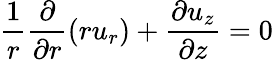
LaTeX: \frac{1}{r}\frac{\partial}{{\partial}r}\left(ru_{r}\right)+\frac{{\partial}u_{z}}{{\partial}z}=0